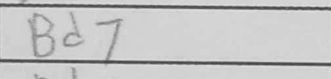
Transcription: Bd7